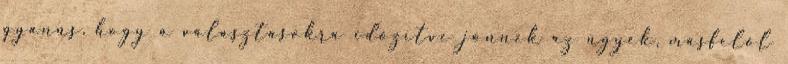
gyanús, hogy a választásokra időzítve jönnek az ügyek, másfelől